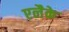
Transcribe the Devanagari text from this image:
एलैके